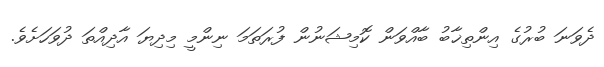
ދެވަނަ ބުރުގެ އިންތިޚާބު ބާއްވަން ކޮމިޝަނުން ފުރަތަމަ ނިންމީ މިދިޔަ އާދިއްތަ ދުވަހަށެވެ.